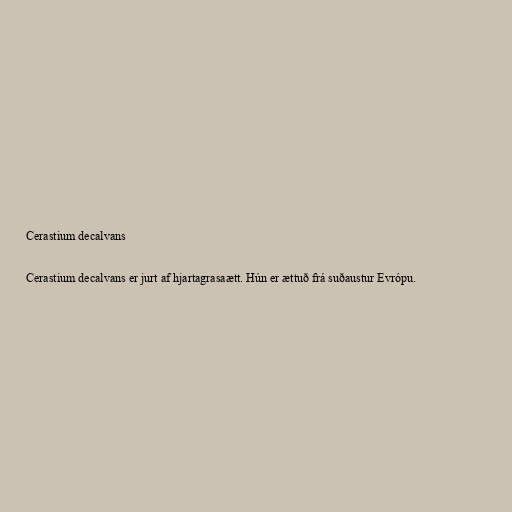
Cerastium decalvans

Cerastium decalvans er jurt af hjartagrasaætt. Hún er ættuð frá suðaustur Evrópu.